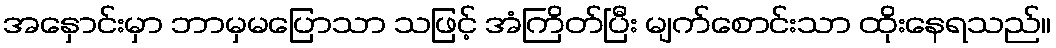
အနှောင်းမှာ ဘာမှမပြောသာ သဖြင့် အံကြိတ်ပြီး မျက်စောင်းသာ ထိုးနေရသည်။